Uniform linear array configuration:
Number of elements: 24
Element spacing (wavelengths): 0.75
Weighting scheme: cosine
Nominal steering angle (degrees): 30
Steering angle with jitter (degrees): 28.666
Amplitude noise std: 0.05
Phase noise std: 0.05

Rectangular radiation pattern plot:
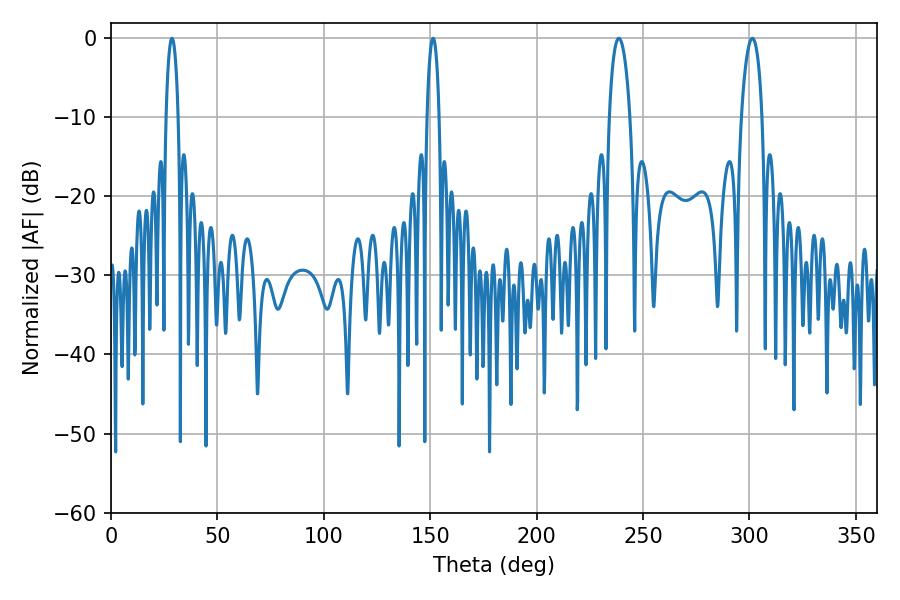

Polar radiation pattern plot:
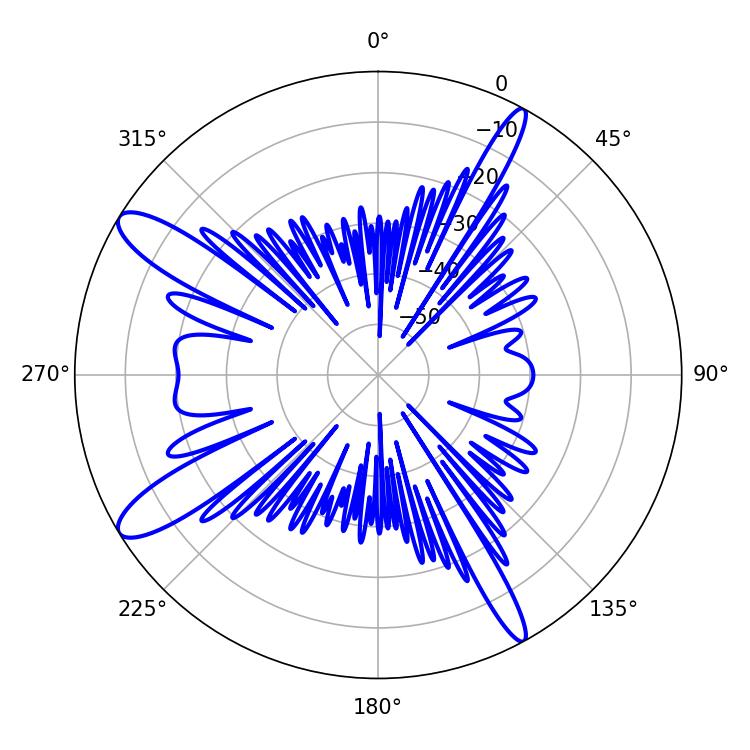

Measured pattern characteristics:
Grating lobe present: TRUE
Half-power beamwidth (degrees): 5.58
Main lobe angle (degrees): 301.32